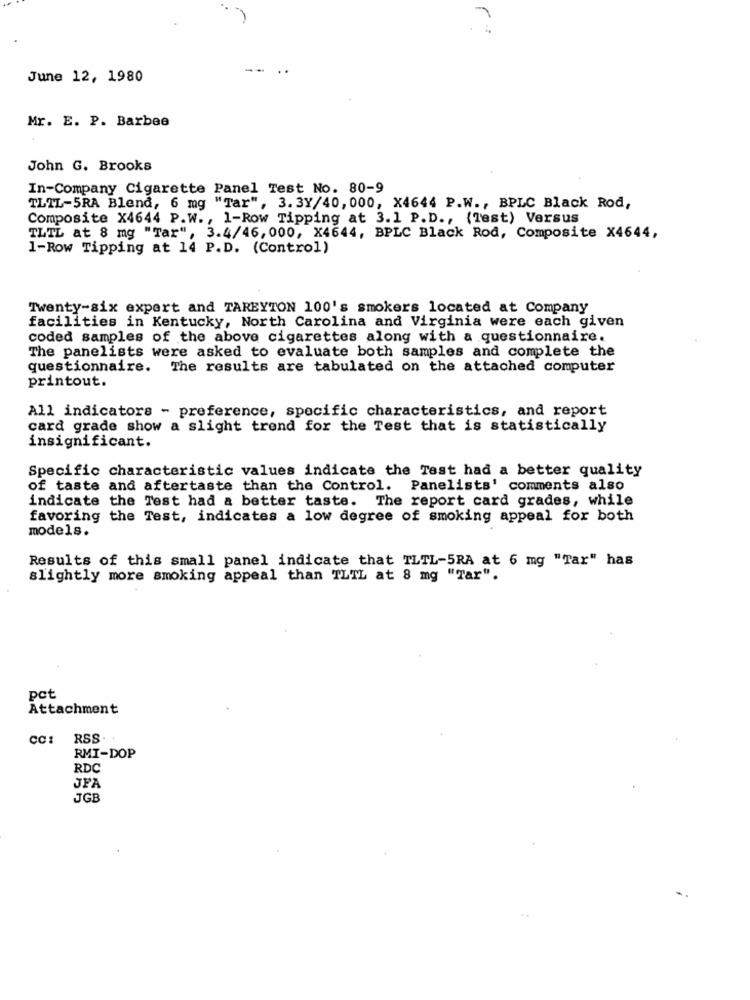
June 12, 1980
Mr. E. P. Barbee
John G. Brooks
In-Company Cigarette Panel Test No. 80-9
TLTL-5RA Blend, 6 mg "Tar", 3. 3Y/40, 000, X4644 P.W ., BPLC Black Rod,
Composite X4644 P.W. , 1-Row Tipping at 3.1 P.D ., (Test) Versus
TLTL at 8 mg "Tar", 3.4/46, 000, X4644, BPLC Black Rod, Composite X4644,
1-Row Tipping at 14 P.D. (Control)
Twenty-six expert and TAREYTON 100's smokers located at Company
facilities in Kentucky, North Carolina and Virginia were each given
coded samples of the above cigarettes along with a questionnaire.
The panelists were asked to evaluate both samples and complete the
questionnaire. The results are tabulated on the attached computer
printout.
All indicators - preference, specific characteristics, and report
card grade show a slight trend for the Test that is statistically
insignificant.
Specific characteristic values indicate the Test had a better quality
of taste and aftertaste than the Control. Panelists' comments also
indicate the Test had a better taste. The report card grades, while
favoring the Test, indicates a low degree of smoking appeal for both
models.
Results of this small panel indicate that TLTL-5RA at 6 mg "Tar" has
slightly more smoking appeal than TLTL at 8 mg "Tar".
pct
Attachment
CC:
RSS.
RMI-DOP
RDC
JFA
JGB